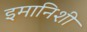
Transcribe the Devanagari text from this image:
इमानिशी